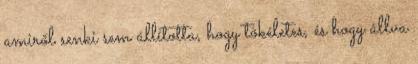
amiről senki sem állí­totta, hogy tökéletes, és hogy állva